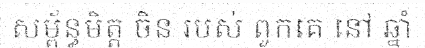
សម្ព័ន្ធមិត្ត ចិន របស់ ពួកគេ នៅ ឆ្នាំ